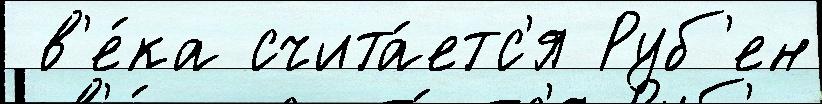
 в'е́ка счита́етс'я Руб'ен